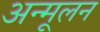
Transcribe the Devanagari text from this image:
अन्मूलन